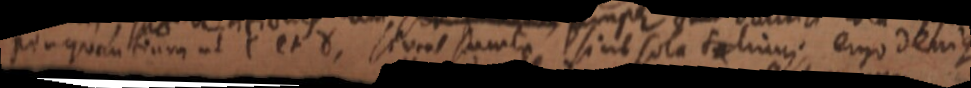
per quantium ut C et 8. _ sumte sine sola talium ergo denique